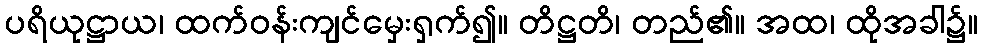
ပရိယုဋ္ဌာယ၊ ထက်ဝန်းကျင်မှေးရှက်၍။ တိဋ္ဌတိ၊ တည်၏။ အထ၊ ထိုအခါ၌။